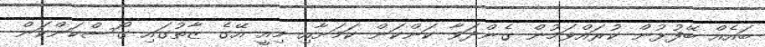
ބައެއް ބޭފުޅުން ކުރައްވަމުން ގެންދަވާ ކަންކަން ކަމަށާއި މިއީ އޭގެ ޒާތުގައި ގޯސްކަންކަން